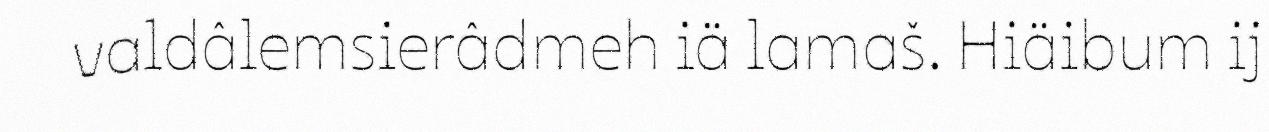
valdâlemsierâdmeh iä lamaš. Hiäibum ij